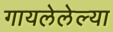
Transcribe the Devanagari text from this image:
गायलेलेल्या